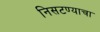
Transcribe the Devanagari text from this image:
निसटण्याचा